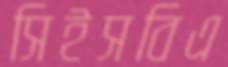
সিইসবিএ